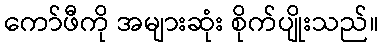
ကော်ဖီကို အများဆုံး စိုက်ပျိုးသည်။